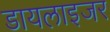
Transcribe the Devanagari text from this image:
डायलाइजर